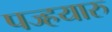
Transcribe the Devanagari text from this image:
पज्हयारु